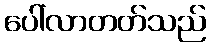
ပေါ်လာတတ်သည်